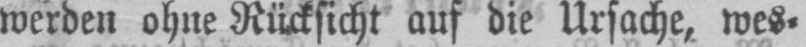
werden ohne Rücksicht auf die Ursache, wes⸗